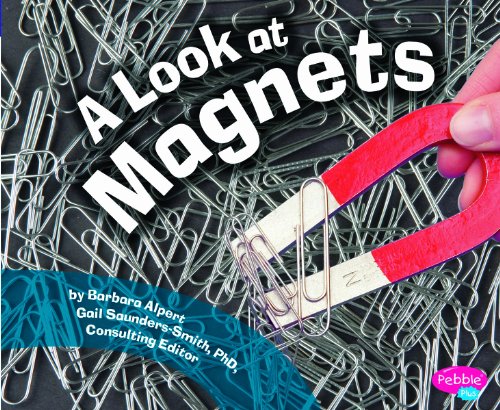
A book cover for A Look at Magnets (Science Builders); Barbara Alpert; Children's Books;